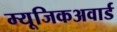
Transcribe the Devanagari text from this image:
म्यूजिकअवार्ड